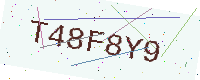
Text: T48F8Y9